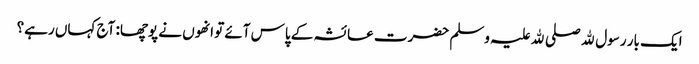
ایک بار رسول ﷲ صلی ﷲ علیہ وسلم حضرت عائشہ کے پاس آئے تو انھوں نے پوچھا: آج کہاں رہے؟